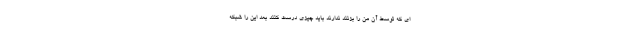
ای که توسط آن من را بزنند ندارند باید چیزی درست کنند بعد این را شبکه